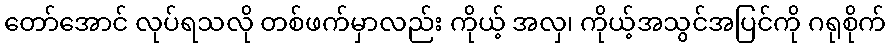
တော်အောင် လုပ်ရသလို တစ်ဖက်မှာလည်း ကိုယ့် အလှ၊ ကိုယ့်အသွင်အပြင်ကို ဂရုစိုက်